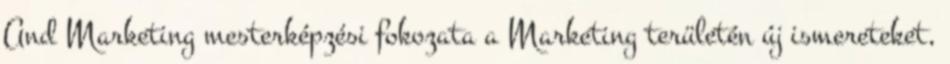
And Marketing mesterképzési fokozata a Marketing területén új ismereteket,